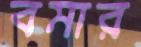
বমার